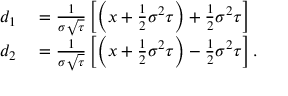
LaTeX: \begin{array} { r l } { d _ { 1 } } & { { } = { \frac { 1 } { \sigma { \sqrt { \tau } } } } \left[ \left( x + { \frac { 1 } { 2 } } \sigma ^ { 2 } \tau \right) + { \frac { 1 } { 2 } } \sigma ^ { 2 } \tau \right] } \\ { d _ { 2 } } & { { } = { \frac { 1 } { \sigma { \sqrt { \tau } } } } \left[ \left( x + { \frac { 1 } { 2 } } \sigma ^ { 2 } \tau \right) - { \frac { 1 } { 2 } } \sigma ^ { 2 } \tau \right] . } \end{array}